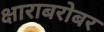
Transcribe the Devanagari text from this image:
क्षाराबरोबर